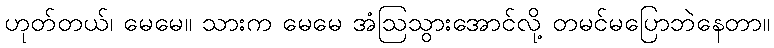
ဟုတ်တယ်၊ မေမေ။ သားက မေမေ အံဩသွားအောင်လို့ တမင်မပြောဘဲနေတာ။